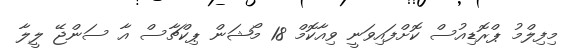
މިފިލްމު ޕްރޮޑިއުސް ކޮށްފައިވަނީ ވިއާކޮމް 18 މޯޝަން ޕިކްޗާސް އާ ސަންޖޭ ލީލާ